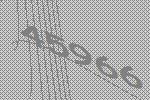
45966